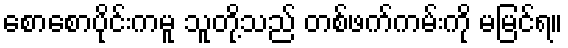
စောစောပိုင်းကမူ သူတို့သည် တစ်ဖက်ကမ်းကို မမြင်ရ။